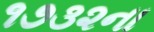
૧૭૩૨ના